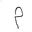
Letter: _mim